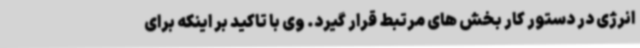
انرژی در دستور کار بخش های مرتبط قرار گیرد. وی با تاکید بر اینکه برای